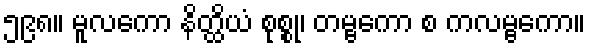
၅၉၈။ မူလကော နိတ္ထိယံ စုစ္စု၊ တမ္ဗကော စ ကလမ္ဗကော။